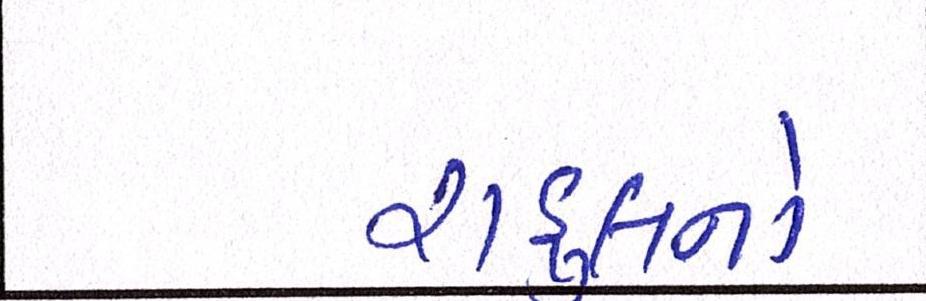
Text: રાહુલનો